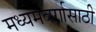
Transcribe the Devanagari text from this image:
मध्यमवर्गासाठी